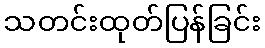
သတင်းထုတ်ပြန်ခြင်း